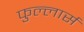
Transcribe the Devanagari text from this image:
फुल्लार्स